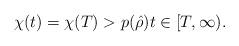
LaTeX: \begin{align*}\chi(t)=\chi(T) > p(\hat{\rho}) t \in [T,\infty).\end{align*}